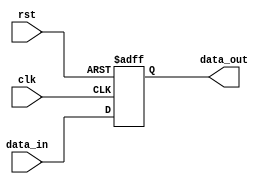
module timing_control_sync(
  input wire clk,
  input wire rst,
  input wire [7:0] data_in,
  output wire [7:0] data_out
);

reg [7:0] reg_data;

always @(posedge clk or posedge rst) begin
  if (rst) begin
    reg_data <= 8'b0;
  end else begin
    reg_data <= data_in;
  end
end

assign data_out = reg_data;

endmodule